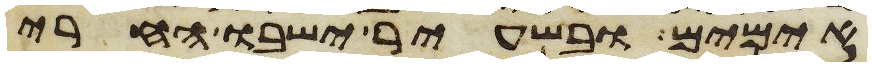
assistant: אימים ובשעיר ישבו החרי